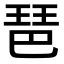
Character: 琶